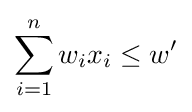
\sum _{i=1}^{n}w_{i}x_{i}\leq w'